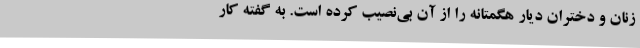
زنان و دختران دیار هگمتانه را از آن بی‌نصیب کرده است. به گفته کار